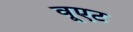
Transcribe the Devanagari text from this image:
वूएट